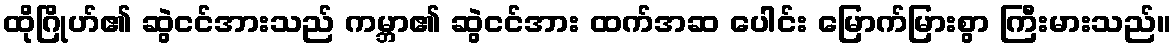
ထိုဂြိုဟ်၏ ဆွဲငင်အားသည် ကမ္ဘာ၏ ဆွဲငင်အား ထက်အဆ ပေါင်း မြောက်မြားစွာ ကြီးမားသည်။